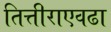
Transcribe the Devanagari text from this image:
तित्तीराएवढा